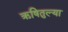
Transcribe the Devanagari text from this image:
ऋषितुल्या